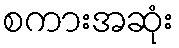
စကားအဆုံး